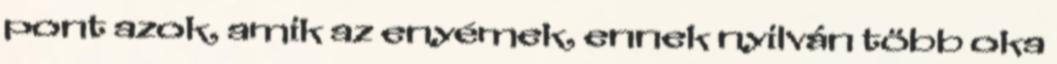
pont azok, amik az enyémek, ennek nyilván több oka